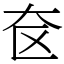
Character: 奁